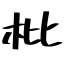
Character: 枇